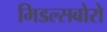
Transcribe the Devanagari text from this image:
मिडल्सबोरो